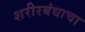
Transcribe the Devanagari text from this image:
शरीरबंधाचा